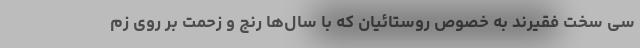
سی سخت فقیرند به خصوص روستائیان که با سال‌ها رنج و زحمت بر روی زم